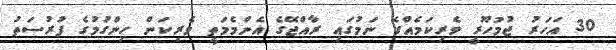
30 އަހަރު ޖުމުހޫރީ ވެރިކަމެއްގެ ނަމުގައި ރާއްޖޭގެ އެންމެމަތީ ވެރިކަން ހިންގުމުގެ ފުރުސަތު